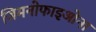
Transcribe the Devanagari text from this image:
जिमनोफाइओना